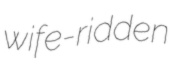
wife-ridden